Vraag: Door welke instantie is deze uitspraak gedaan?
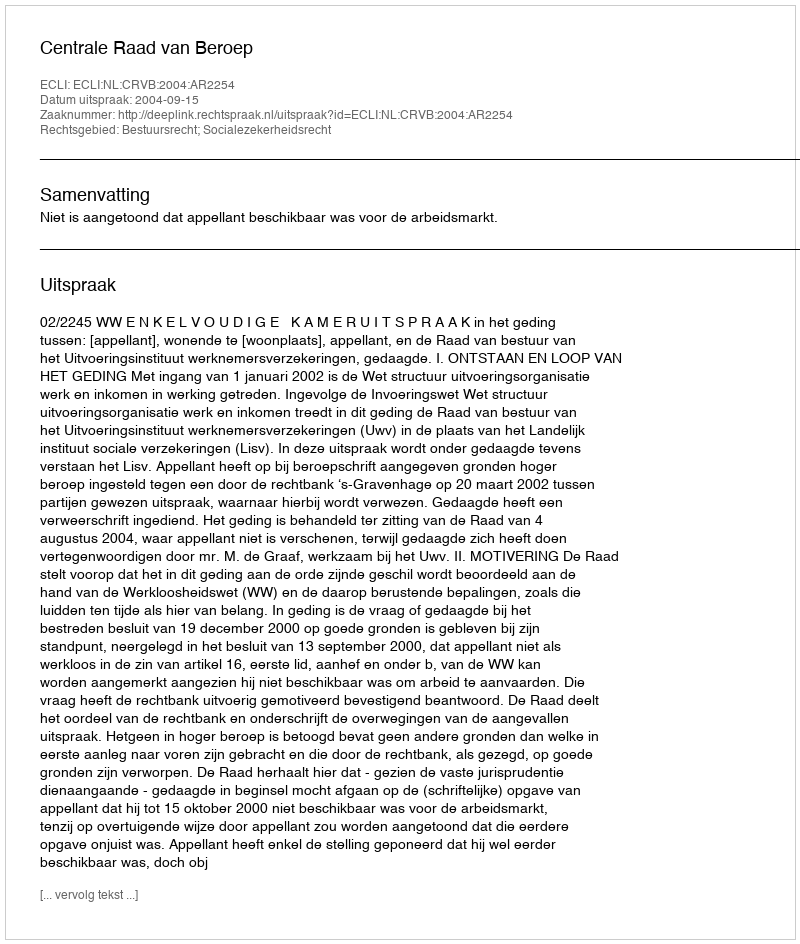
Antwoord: Centrale Raad van Beroep